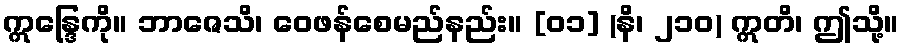
ဣန္ဒြေကို။ ဘာဇေသိ၊ ဝေဖန်စေမည်နည်း။ [၀၁] (နိ၊ ၂၁၀) ဣတိ၊ ဤသို့။